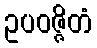
ဥပဝဇ္ဇိတံ